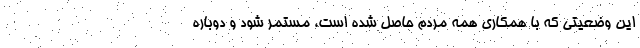
این وضعیتی که با همکاری همه مردم حاصل شده است، مستمر شود و دوباره